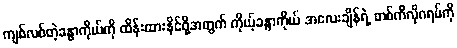
ကျစ်လစ်တဲ့ခန္ဓာကိုယ်ကို ထိန်းထားနိုင်ဖို့အတွက် ကိုယ့်ခန္ဓာကိုယ် အလေးချိန်ရဲ့ တစ်ကီလိုဂရမ်ကို